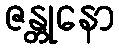
ဇန္တုနော